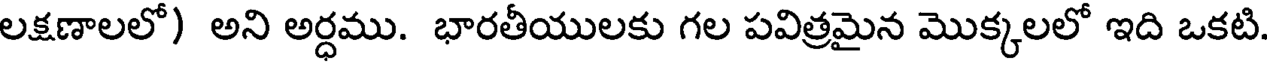
లక్షణాలలో) అని అర్ధము. భారతీయులకు గల పవిత్రమైన మొక్కలలో ఇది ఒకటి.